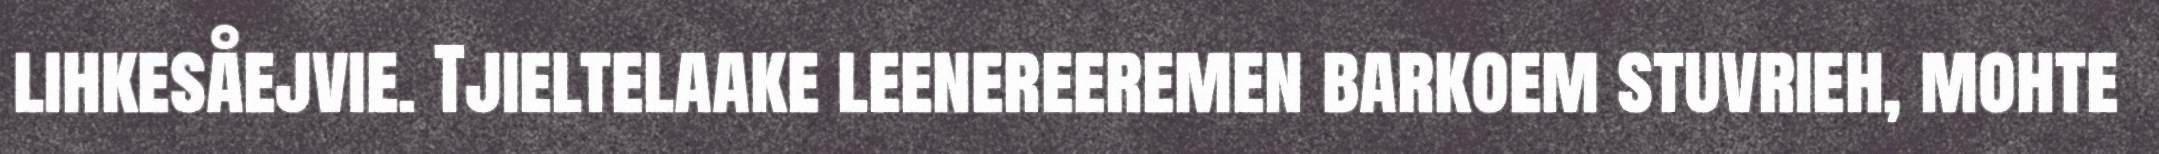
lihkesåejvie. Tjieltelaake leenereeremen barkoem stuvrieh, mohte